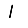
Digit: 1